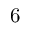
6